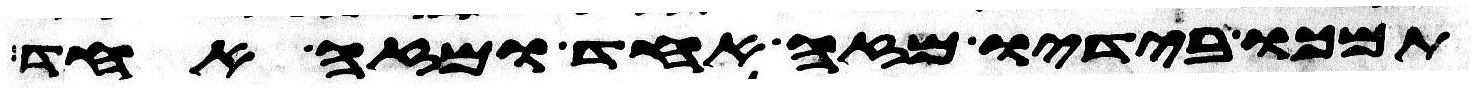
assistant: תמכו בידיו מזה אחד ומזה אחד